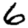
Digit: 6